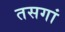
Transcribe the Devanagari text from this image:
तसगां